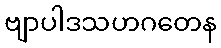
ဗျာပါဒသဟဂတေန